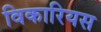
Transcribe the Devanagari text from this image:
विकारियस